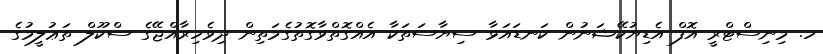
ހ. މިނިސްޓްރީ އޮފް އެޑިޔުކޭޝަނުން ކަނޑައަޅާ ސިޔާސަތަކާ އެއްގޮތްވާގޮތުގެމަތިން ދިވެހިރާއްޖޭގެ ސްކޫލް ތަޢުލީމުގެ